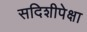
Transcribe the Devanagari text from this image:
सदिशीपेक्षा